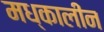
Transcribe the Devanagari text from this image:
मध्कालीन